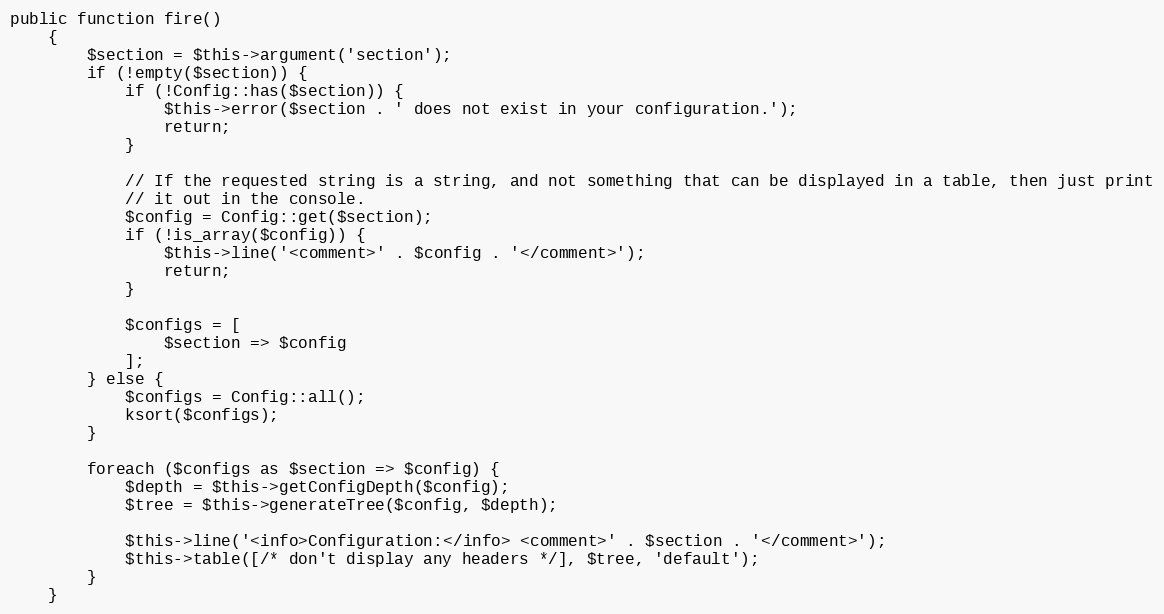
Language: PHP
public function fire()
    {
        $section = $this->argument('section');
        if (!empty($section)) {
            if (!Config::has($section)) {
                $this->error($section . ' does not exist in your configuration.');
                return;
            }

            // If the requested string is a string, and not something that can be displayed in a table, then just print
            // it out in the console.
            $config = Config::get($section);
            if (!is_array($config)) {
                $this->line('<comment>' . $config . '</comment>');
                return;
            }

            $configs = [
                $section => $config
            ];
        } else {
            $configs = Config::all();
            ksort($configs);
        }

        foreach ($configs as $section => $config) {
            $depth = $this->getConfigDepth($config);
            $tree = $this->generateTree($config, $depth);

            $this->line('<info>Configuration:</info> <comment>' . $section . '</comment>');
            $this->table([/* don't display any headers */], $tree, 'default');
        }
    }